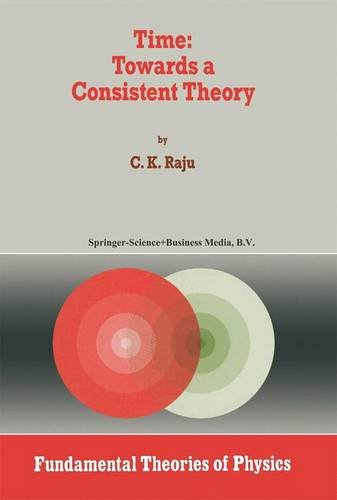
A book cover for Time: Towards a Consistent Theory (Fundamental Theories of Physics); C. K. Raju; Science & Math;